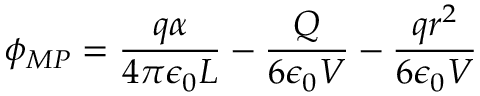
\phi _ { M P } = \frac { q \alpha } { 4 \pi \epsilon _ { 0 } L } - \frac { Q } { 6 \epsilon _ { 0 } V } - \frac { q r ^ { 2 } } { 6 \epsilon _ { 0 } V }